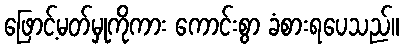
ဖြောင့်မတ်မှုကိုကား ကောင်းစွာ ခံစားရပေသည်။